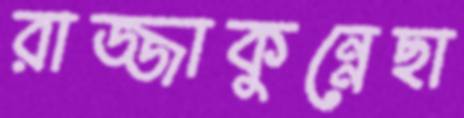
রাজ্জাকুন্নেছা